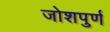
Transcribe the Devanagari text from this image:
जोशपुर्ण